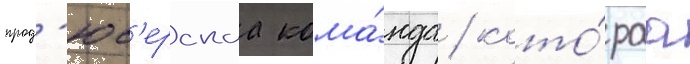
прод'юс'ерскаа кома́нда / кото́раа